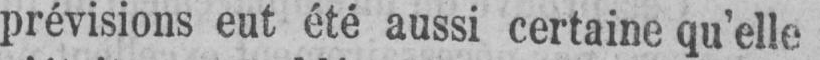
prévisions eut été aussi certaine qu’elle